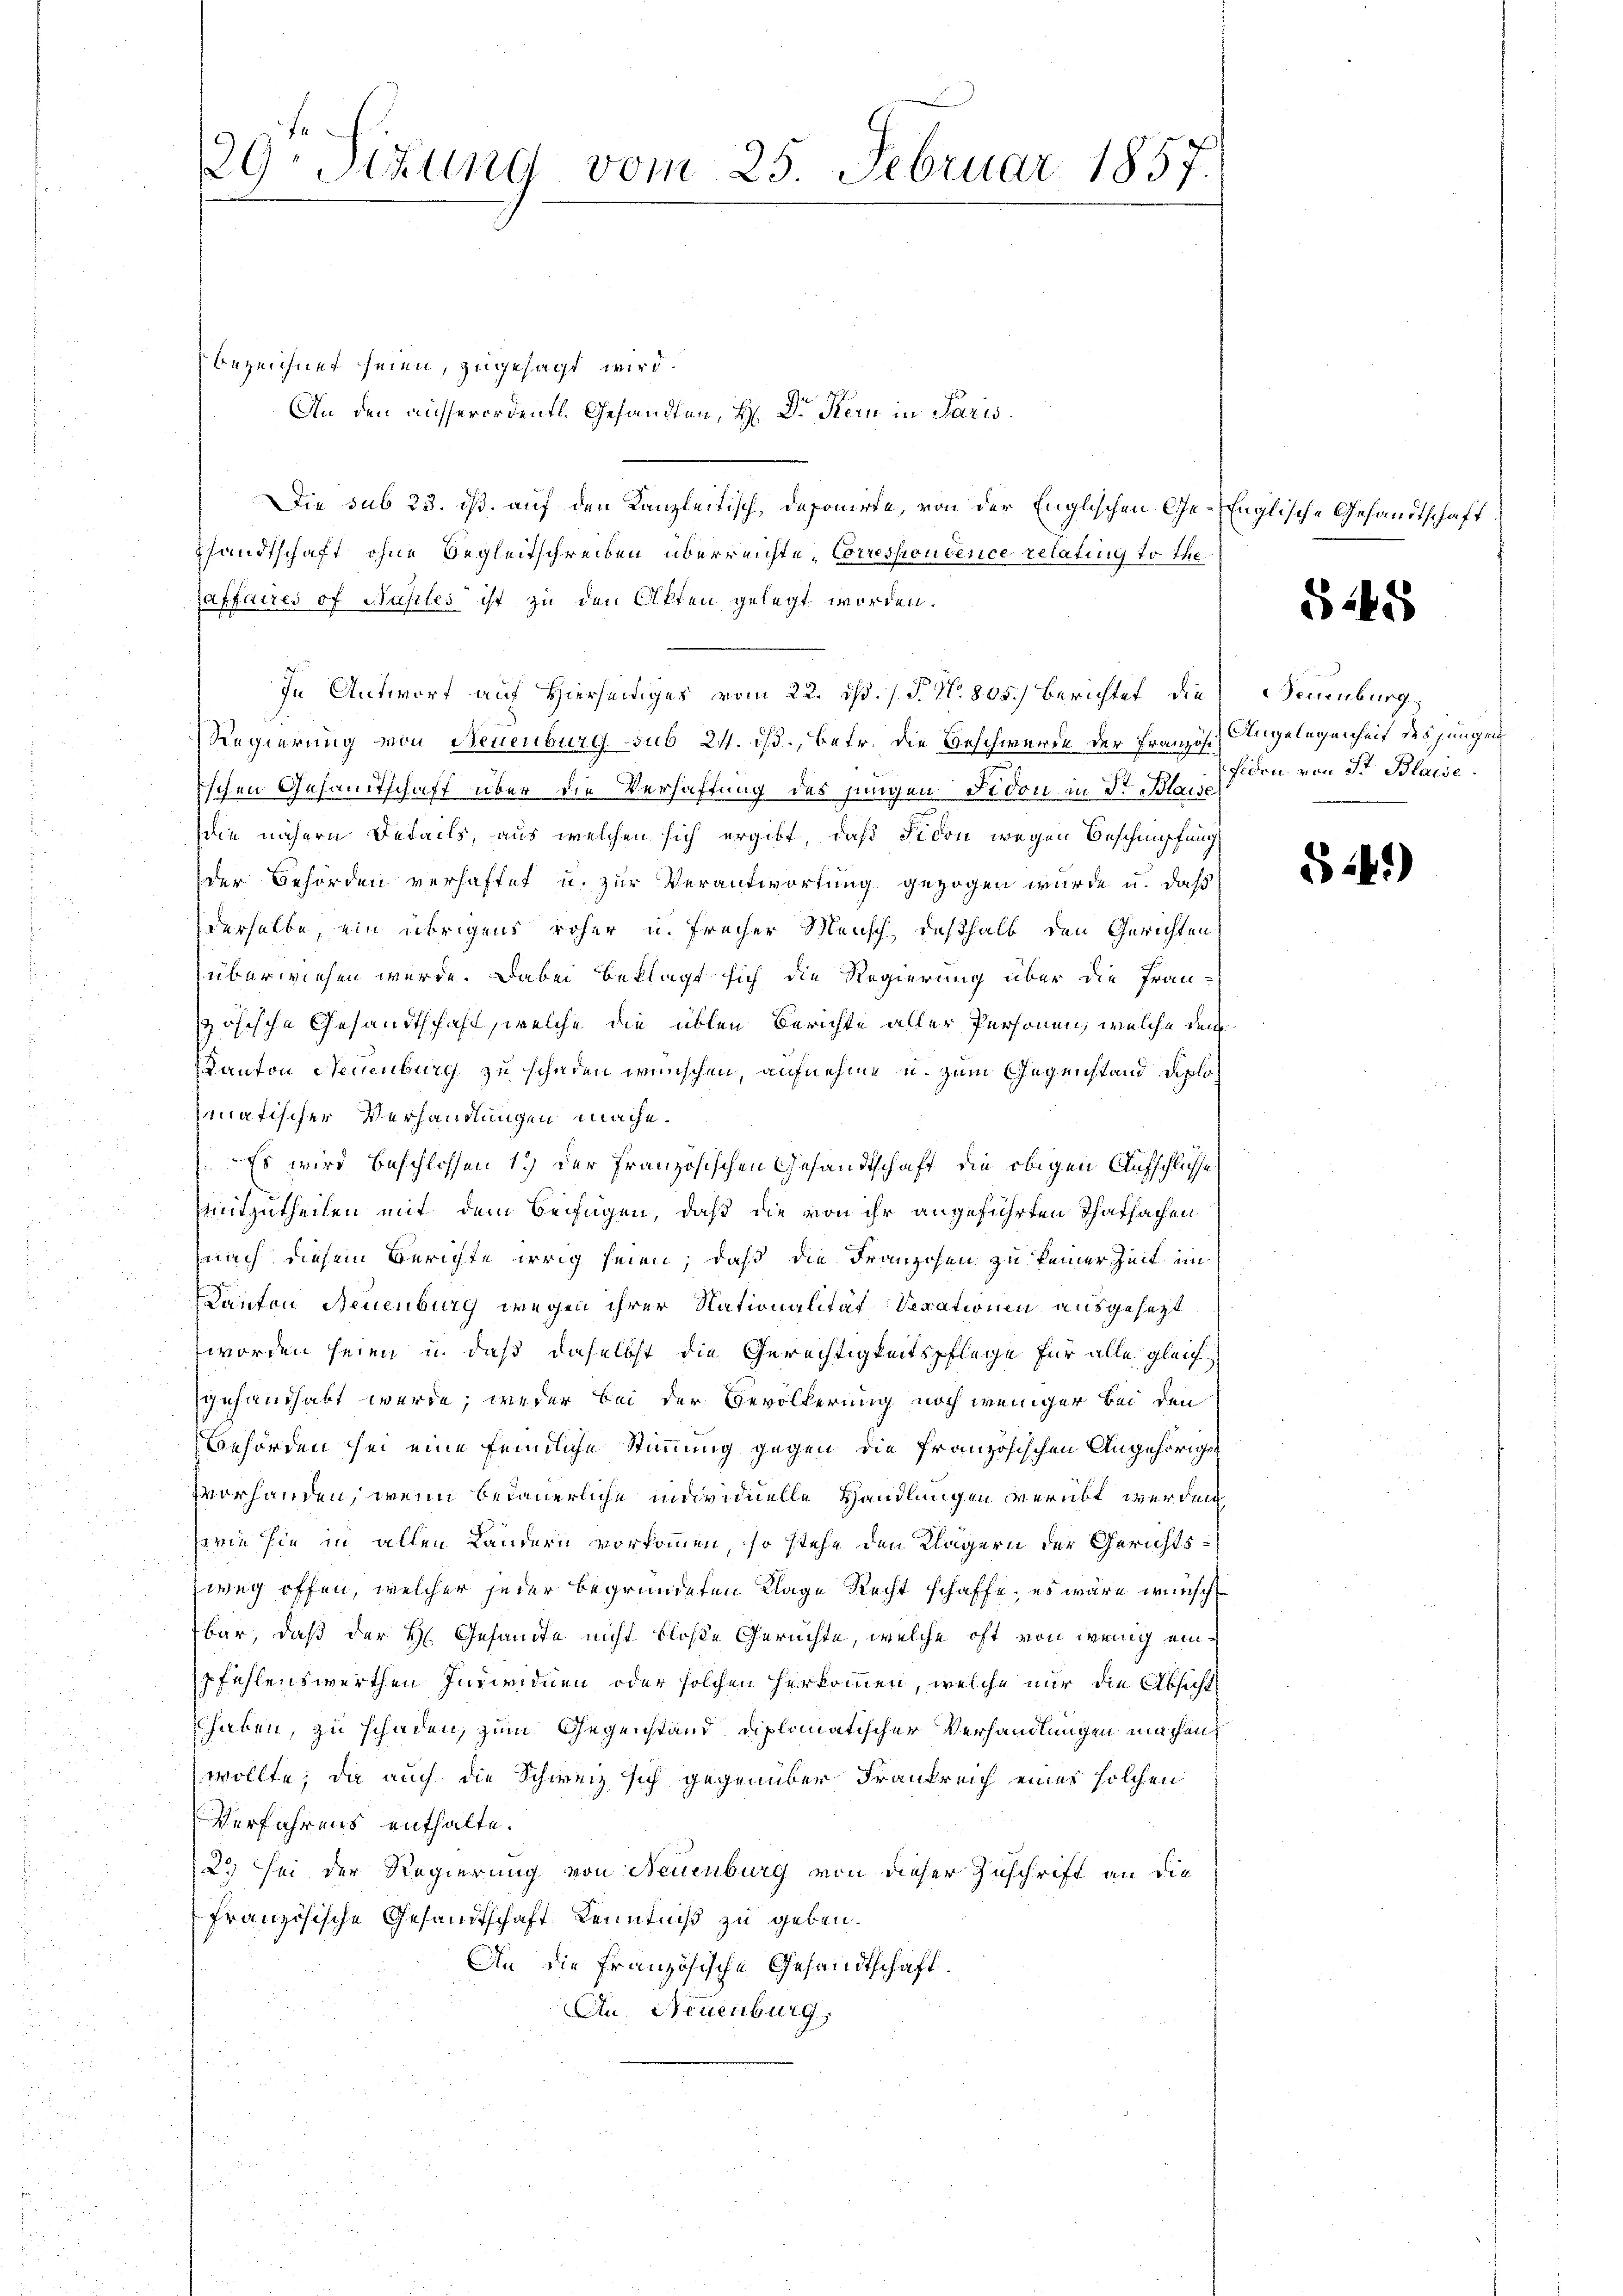
29. Sizung vom 25. Februar 1857.

bezeichnet seien, zugesagt wird.
An den ausserordentl. Gesandten, H. Dr. Kern in Paris
Die sub 23. ds. auf den Kanzleitisch, deponirte, von der Englischen Ge-Englische Gesandtschaft
sandtschaft ohne Begleitschreiben überreichte Correspontence relating to the
affaires of Nasiles ist zu den Akten gelegt worden.
In Antwort auf Hierseitiges vom 22. ds. / P. Nr. 805.) Berichtet die Neuenburg,
Regierung von Neuenburg sub 24. ds., betr. die Beschwerde der Französi
ischen Gesandtschaft über die Verhaftung des jungen Fidon in St. Plan den von Dr Blacis
die nähern Details, aus welchen sich ergibt, daß Fidon wegen Beschnüpfung
Der Behörden verhaftet u. zur Verantwortung gezogen wurde u. daß
derselbe, ein übrigens roher u. Freiher Mensch, deßhalb den Gerichten
überwiesen werde. Dabei beklagt sich die Regierung über die Fran-
ösische Gesandtschaft, welche die üblen Berichte aller Personen, welche dem
Kanton Neuenburg zu schaden wünschen, aufnehme u. zum Gegenstand diplomatischer Verhandlungen mache.
Es wird beschlossen 1.) Der französischen Gesandtschaft die obigen Aufschlüsse
mitzutheilen mit dem Beifügen, daß die von ihr angeführten Thatsachen
nach diesem Berichte weig seien, daß die Franzosen zu keiner Zeit im
Kanton Neuenburg wegen ihrer Nationalität Serationen ausgesezt
worden seien u. daß daselbst die Gerechtigkeitspflege für alle gleich
gehandhabt werde; weder bei der Bevölkerung noch weniger Bei den
Gehörden sei eine feindliche Stimmung gegen die französischen Angehörigen
vorhanden, wenn bedauerliche individuelle Handlungen verübt werden
sowie sie in allen Ländern vorkommen, so stehe den Klägern der Gerichtszweÿ offen, welcher jeder begründeten Klage Recht schaffe, es wäre wünsch
bar, daß der H. Gesandte nicht bloße Gerichte, welche oft von wenig einpfehlenswerthen Individuen oder solchen Herkommen, welche nur die Absicht
haben, zu schaden, zum Gegenstand diplomatischer Verhandlungen machen
wollte; da auch die Schweiz sich gegenüber Frankreich eines solchen
Verfahrens enthalte.
2) sei der Regierung von Neuenburg von dieser Zuschrift an die
französische Gesandtschaft Kenntniß zu geben.
An die französische Gesandtschaft.
Au, Neuenburg,

§ 248

Angelegenheit des jungen

S4)